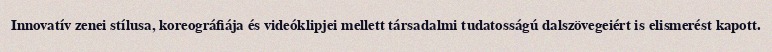
Innovatív zenei stílusa, koreográfiája és videóklipjei mellett társadalmi tudatosságú dalszövegeiért is elismerést kapott.